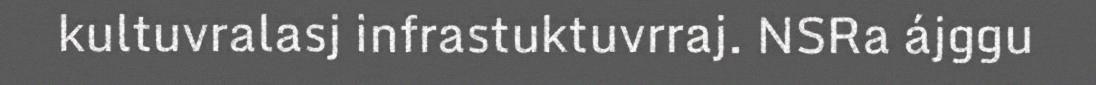
kultuvralasj infrastuktuvrraj. NSRa ájggu